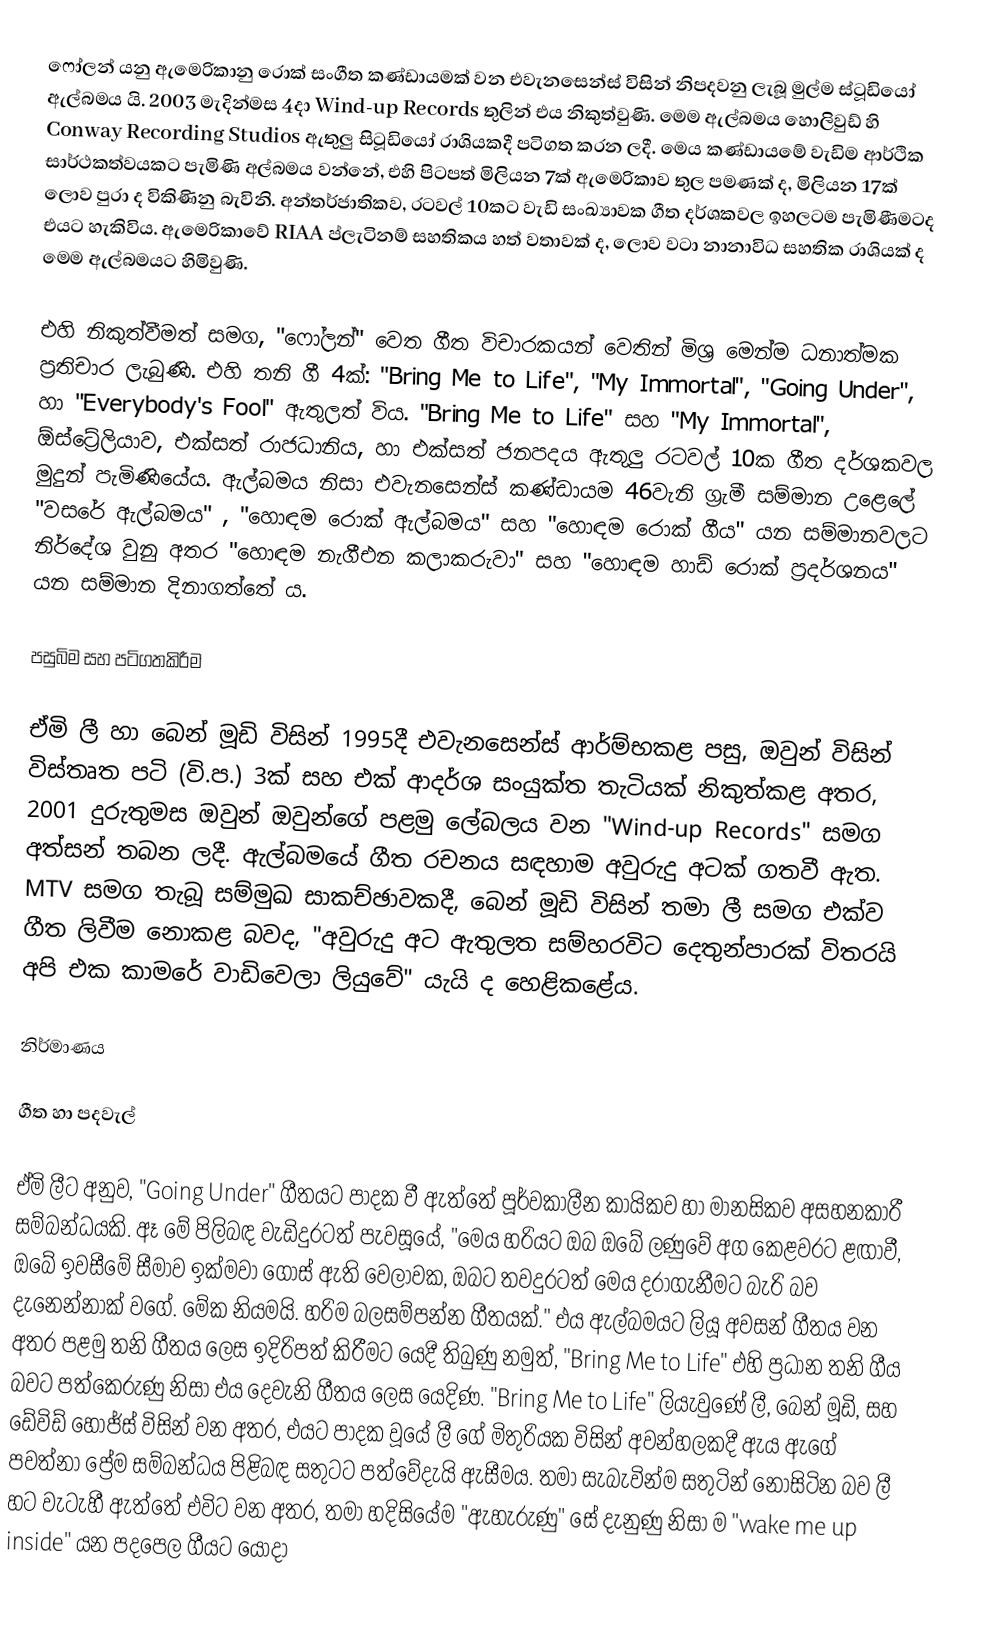
ෆෝලන් යනු ඇමෙරිකානු රොක් සංගීත කණ්ඩායමක් වන එවැනසෙන්ස් විසින් නිපදවනු ලැබූ මුල්ම ස්ටූඩියෝ ඇල්බමය යි. 2003 මැදින්මස 4දා Wind-up Records තුලින් එය නිකුත්වුණි. මෙම ඇල්බමය හොලිවුඩ් හි Conway Recording Studios ඇතුලු සිටූඩියෝ රාශියකදී පටිගත කරන ලදී. මෙය කණ්ඩායමේ වැඩිම ආර්ථික සාර්ථකත්වයකට පැමිණි අල්බමය වන්නේ, එහි පිටපත් මිලියන 7ක් ඇමෙරිකාව තුල පමණක් ද, මිලියන 17ක් ලොව පුරා ද විකිණිනු බැවිනි. අන්තර්ජාතිකව, රටවල් 10කට වැඩි සංඛ්‍යාවක ගීත දර්ශකවල ඉහලටම පැමිණීමටද එයට හැකිවිය. ඇමෙරිකාවේ RIAA ප්ලැටිනම් සහතිකය හත් වතාවක් ද, ලොව වටා නානාවිධ සහතික රාශියක් ද මෙම ඇල්බමයට හිමිවුණි.

එහි නිකුත්වීමත් සමග, "ෆෝලන්" වෙත ගීත විචාරකයන් වෙතින් මිශ්‍ර මෙන්ම ධනාත්මක ප්‍රතිචාර ලැබුණි. එහි තනි ගී 4ක්: "Bring Me to Life", "My Immortal", "Going Under", හා "Everybody's Fool" ඇතුලත් විය. "Bring Me to Life" සහ "My Immortal", ඕස්ට්‍රේලියාව, එක්සත් රාජධානිය, හා එක්සත් ජනපදය ඇතුලු රටවල් 10ක ගීත දර්ශකවල මුදුන් පැමිණියේය. ඇල්බමය නිසා එවැනසෙන්ස් කණ්ඩායම 46වැනි ග්‍රැමී සම්මාන උළෙලේ "වසරේ ඇල්බමය" , "හොඳම රොක් ඇල්බමය" සහ "හොඳම රොක් ගීය" යන සම්මානවලට නිර්දේශ වුනු අතර "හොඳම නැගීඑන කලාකරුවා" සහ "හොඳම හාඩ් රොක් ප්‍රදර්ශනය" යන සම්මාන දිනාගත්තේ ය.

පසුබිම සහ පටිගතකිරීම

ඒමි ලී හා බෙන් මූඩි විසින් 1995දී එවැනසෙන්ස් ආර්ම්භකළ පසු, ඔවුන් විසින් විස්තෘත පටි (වි.ප.) 3ක් සහ එක් ආදර්ශ සංයුක්ත තැටියක් නිකුත්කළ අතර, 2001 දුරුතුමස ඔවුන් ඔවුන්ගේ පළමු ලේබලය වන "Wind-up Records" සමග අත්සන් තබන ලදී. ඇල්බමයේ ගීත රචනය සඳහාම අවුරුදු අටක් ගතවී ඇත. MTV සමග තැබූ සම්මුඛ සාකච්ඡාවකදී, බෙන් මූඩි විසින් තමා ලී සමග එක්ව ගීත ලිවීම නොකළ බවද, "අවුරුදු අට ඇතුලත සම්හරවිට දෙතුන්පාරක් විතරයි අපි එක කාමරේ වාඩිවෙලා ලියුවේ" යැයි ද හෙළිකළේය.

නිර්මාණය

ගීත හා පදවැල්

ඒමි ලීට අනුව, "Going Under" ගීතයට පාදක වී ඇත්තේ පූර්වකාලීන කායිකව හා මානසිකව අසහනකාරී සම්බන්ධයකි. ඈ මේ පිලිබඳ වැඩිදුරටත් පැවසූයේ, "මෙය හරියට ඔබ ඔබේ ලණුවේ අග කෙළවරට ළඟාවී, ඔබේ ඉවසීමේ සීමාව ඉක්මවා ගොස් ඇති වෙලාවක, ඔබට තවදුරටත් මෙය දරාගැනීමට බැරි බව දැනෙන්නාක් වගේ. මේක නියමයි. හරිම බලසම්පන්න ගීතයක්." එය ඇල්බමයට ලියූ අවසන් ගීතය වන අතර පළමු තනි ගීතය ලෙස ඉදිරිපත් කිරීමට යෙදී තිබුණු නමුත්, "Bring Me to Life" එහි ප්‍රධාන තනි ගීය බවට පත්කෙරුණු නිසා එය දෙවැනි ගීතය ලෙස යෙදිණ. "Bring Me to Life" ලියැවුණේ ලී, බෙන් මූඩි, සහ ඩේවිඩ් හොජ්ස් විසින් වන අතර, එයට පාදක වූයේ ලී ගේ මිතුරියක විසින් අවන්හලකදී ඇය ඇගේ පවත්නා ප්‍රේම සම්බන්ධය පිළිබඳ සතුටට පත්වේදැයි ඇසීමය. තමා සැබැවින්ම සතුටින් නොසිටින බව ලී හට වැටැහී ඇත්තේ එවිට වන අතර, තමා හදිසියේම "ඇහැරුණු" සේ දැනුණු නිසා ම "wake me up inside" යන පදපෙල ගීයට යොදා